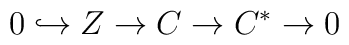
0\hookrightarrow{}Z\rightarrow{}C\rightarrow{}C^{*}\rightarrow{}0